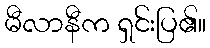
မီလာနီက ရှင်းပြ၏။